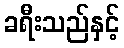
ခရီးသည်နှင့်